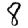
Digit: 8